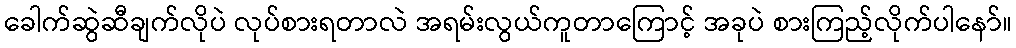
ခေါက်ဆွဲဆီချက်လိုပဲ လုပ်စားရတာလဲ အရမ်းလွယ်ကူတာကြောင့် အခုပဲ စားကြည့်လိုက်ပါနော်။